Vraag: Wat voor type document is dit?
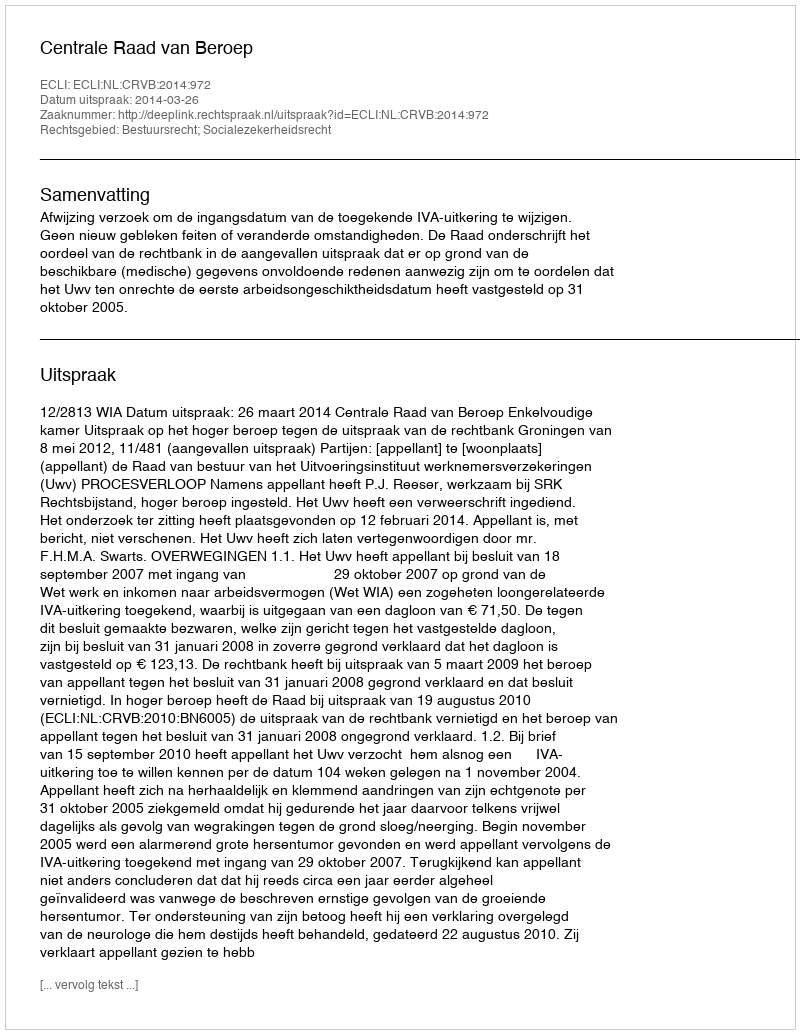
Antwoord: Uitspraak